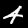
Label: 4